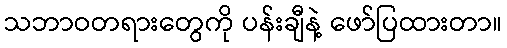
သဘာဝတရားတွေကို ပန်းချီနဲ့ ဖော်ပြထားတာ။